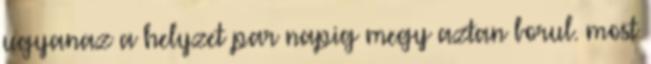
ugyanaz a helyzet par napig megy aztan borul. most